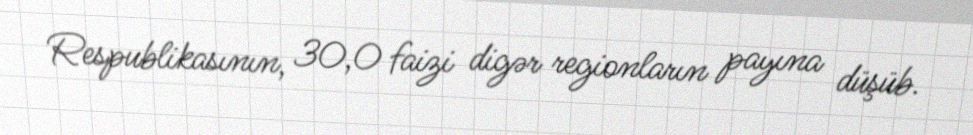
Respublikasının, 30,0 faizi digər regionların payına düşüb.